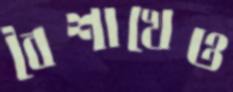
বৈশাখেও